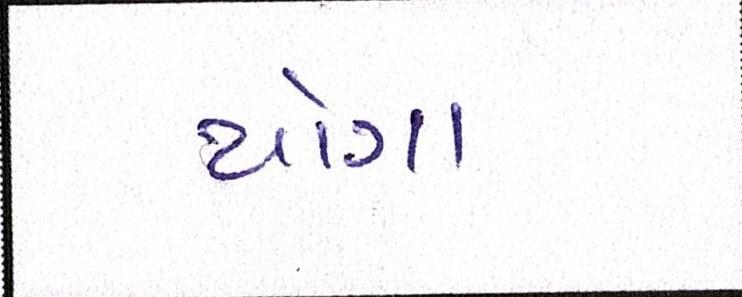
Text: યોગા